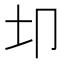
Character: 𫭘